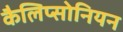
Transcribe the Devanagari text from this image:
कैलिप्सोनियन